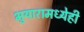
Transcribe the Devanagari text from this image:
भुयारामध्येही